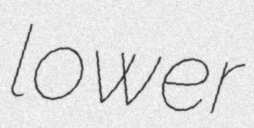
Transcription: lower